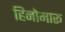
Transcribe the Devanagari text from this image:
हिनोमारू